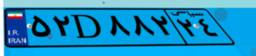
۱۱D۲۳۵۲۲